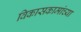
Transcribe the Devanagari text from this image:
विकासकामांच्या